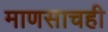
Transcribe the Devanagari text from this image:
माणसाचही